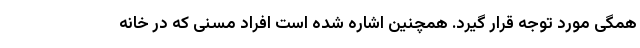
همگی مورد توجه قرار گیرد. همچنین اشاره شده است افراد مسنی که در خانه